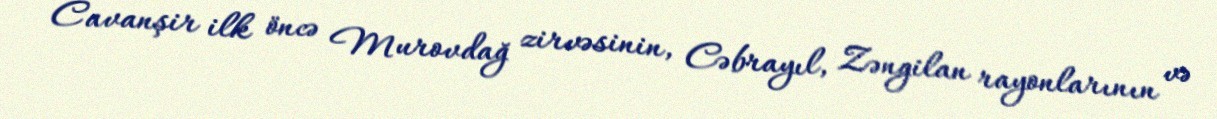
Cavanşir ilk öncə Murovdağ zirvəsinin, Cəbrayıl, Zəngilan rayonlarının və